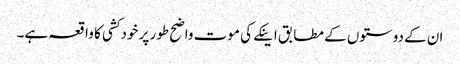
ان کے دوستوں کے مطابق اینکے کی موت واضح طور پر خودکشی کا واقعہ ہے۔